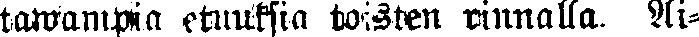
tawampia etuuksia toisten rinnalla. Ai-